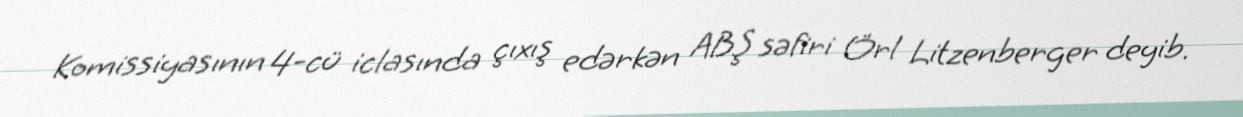
Komissiyasının 4-cü iclasında çıxış edərkən ABŞ səfiri Örl Litzenberger deyib.